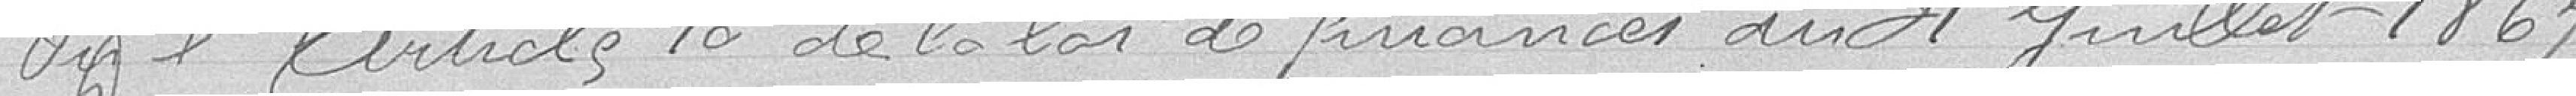
Vu l'article 10 de la loi de finances du 31 juillet 186..